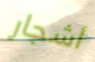
أشجار